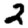
Digit: 2